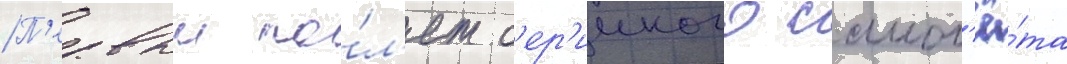
П'ервыи по́л'ет с'ер'ииного самол'ё́та